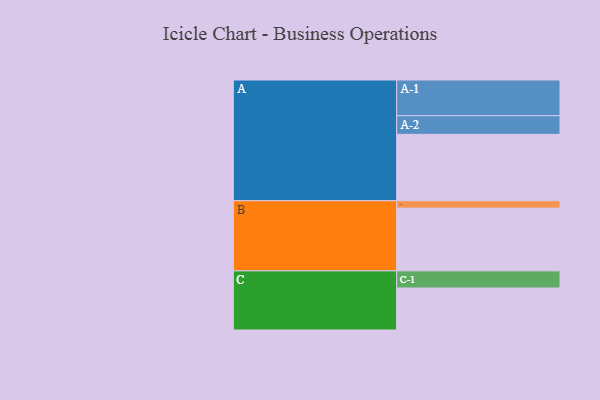
{"axis": {"x": "Segment", "y": "Value"}, "legend": ["", "A", "B", "C"], "data": [{"x": "A", "y": 484, "type": ""}, {"x": "B", "y": 457, "type": ""}, {"x": "C", "y": 306, "type": ""}, {"x": "A-1", "y": 260, "type": "A"}, {"x": "A-2", "y": 136, "type": "A"}, {"x": "B-1", "y": 54, "type": "B"}, {"x": "C-1", "y": 125, "type": "C"}]}